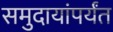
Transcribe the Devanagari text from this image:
समुदायांपर्यंत